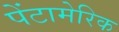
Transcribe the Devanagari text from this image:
पेंटामेरिक